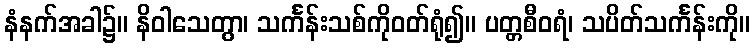
နံနက်အခါ၌။ နိဝါသေတွာ၊ သင်္ကန်းသစ်ကိုဝတ်ရုံ၍။ ပတ္တစီဝရံ၊ သပိတ်သင်္ကန်းကို။